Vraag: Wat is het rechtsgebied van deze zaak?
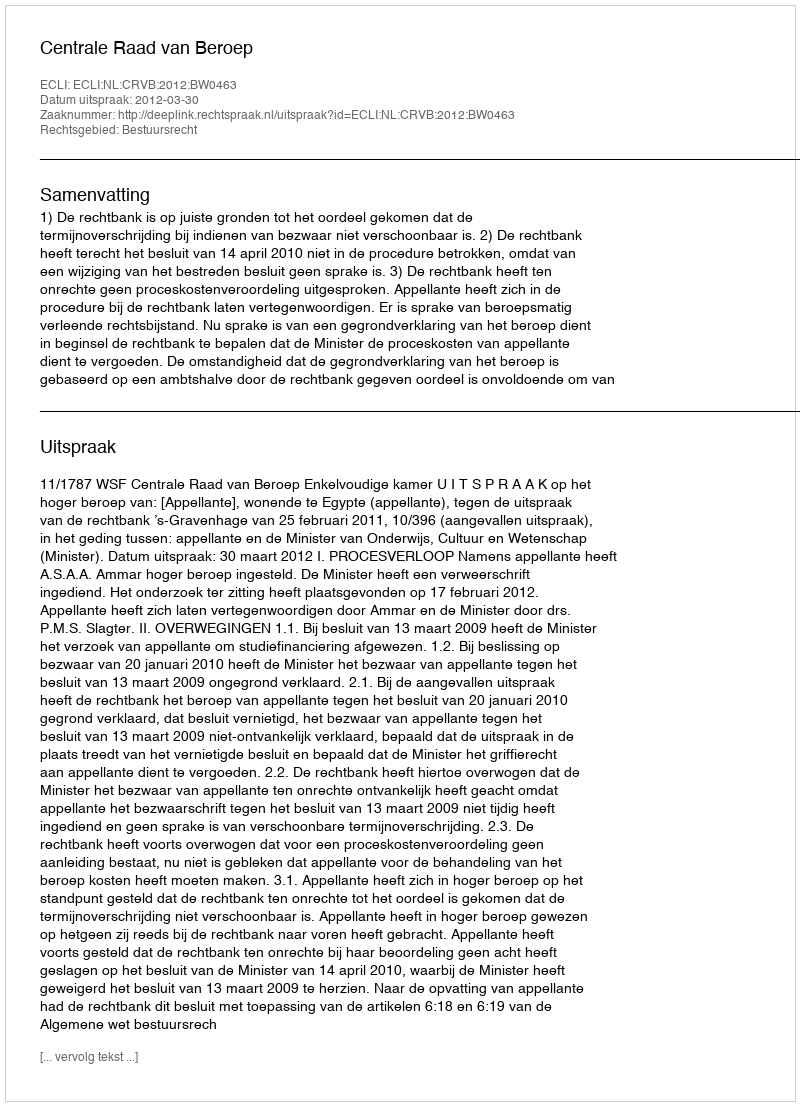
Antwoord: Bestuursrecht